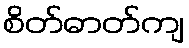
စိတ်ဓာတ်ကျ